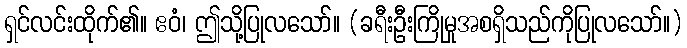
ရှင်လင်းထိုက်၏။ ဧဝံ၊ ဤသို့ပြုလသော်။ (ခရီးဦးကြိုမှုအစရှိသည်ကိုပြုလသော်။)